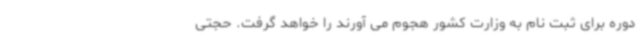
دوره برای ثبت نام به وزارت کشور هجوم می آورند را خواهد گرفت. حجتی